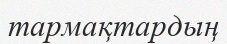
тармақтардың